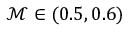
\mathcal { M } \in ( 0 . 5 , 0 . 6 )